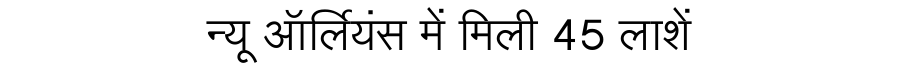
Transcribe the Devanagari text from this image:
न्यू ऑर्लियंस में मिली 45 लाशें